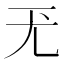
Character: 𡯊